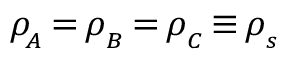
\rho \! _ { _ A } \, { = } \, \rho _ { _ B } \, { = } \, \rho _ { _ C } \, { \equiv } \, \rho _ { _ s }